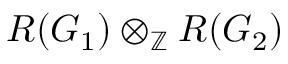
R ( G _ { 1 } ) \otimes _ { \mathbb { Z } } R ( G _ { 2 } )